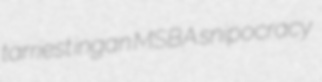
tarriest ingan MSBA snipocracy